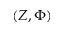
( Z , \Phi )